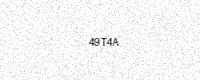
Text: 49T4A